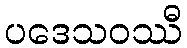
ပဒေသဝဿီ